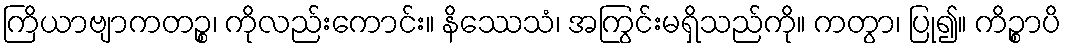
ကြိယာဗျာကတဉ္စ၊ ကိုလည်းကောင်း။ နိဿေသံ၊ အကြွင်းမရှိသည်ကို။ ကတွာ၊ ပြု၍။ ကိဉ္စာပိ